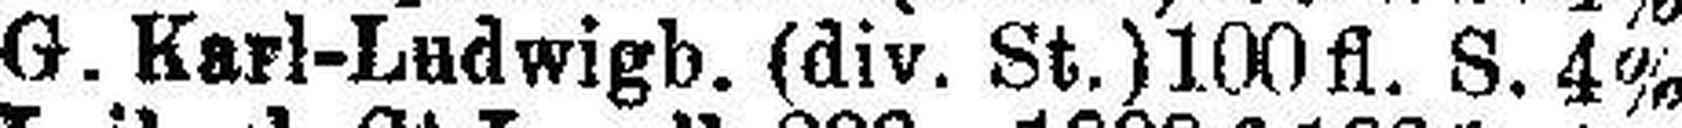
G. Karl-Ludwigb. (div. St.) 100 fl. S. 4%